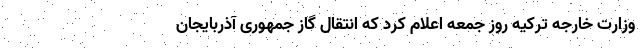
وزارت خارجه ترکیه روز جمعه اعلام کرد که انتقال گاز جمهوری آذربایجان